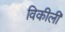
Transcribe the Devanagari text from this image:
विकीली